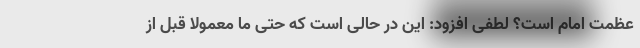
عظمت امام است؟ لطفی افزود: این در حالی است که حتی ما معمولاً قبل از